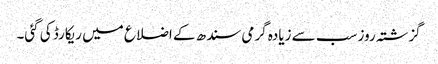
گزشتہ روز سب سے زیادہ گرمی سندھ کے اضلاع میں ریکارڈ کی گئی۔